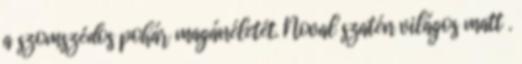
a szomszédos pohár magánéletét. Noval szatén világos matt .